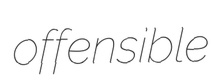
offensible